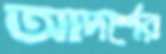
আদর্শের